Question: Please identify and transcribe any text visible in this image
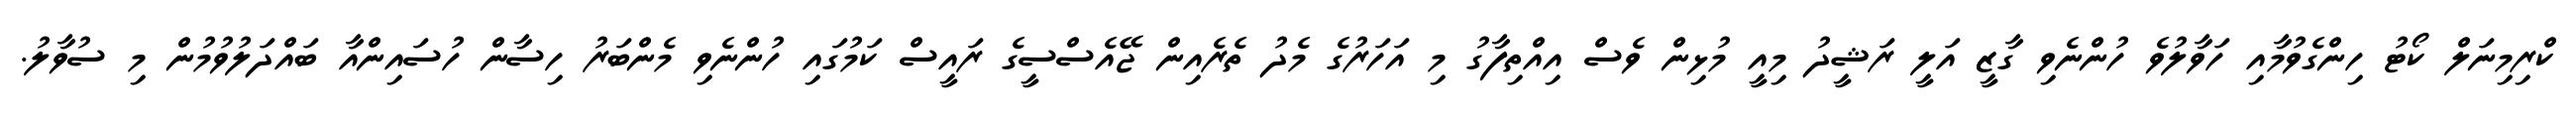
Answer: ކްރިމިނަލް ކޯޓު ހިންގެވުމާއި ހަވާލުވެ ހުންނެވި ގާޒީ އަލީ ރަޝީދު މިއީ މުޅިން ވެސް އިއްތިފާގު މި އަހަރުގެ މެދު ތެރެއިން ޖޭއެސްސީގެ ރައީސް ކަމުގައި ހުންނެވި މެންބަރު ހިސާން ހުސައިންއާ ބައްދަލުވުމުން މި ސުވާލު.